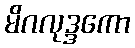
မိဂလုဒ္ဒကော